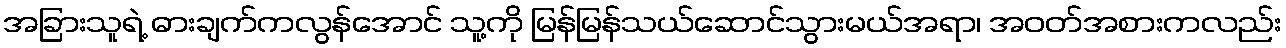
အခြားသူရဲ့ ဓားချက်ကလွန်အောင် သူ့ကို မြန်မြန်သယ်ဆောင်သွားမယ်အရာ၊ အဝတ်အစားကလည်း